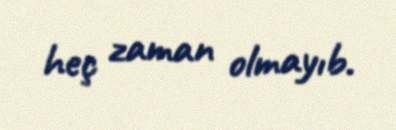
heç zaman olmayıb.